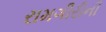
રામગીરીની